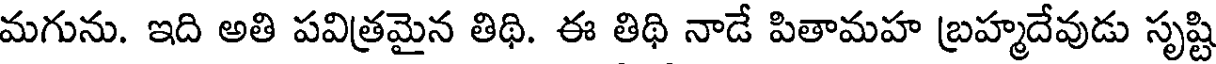
మగును. ఇది అతి పవిత్రమైన తిథి. ఈ తిథి నాడే పితామహ బ్రహ్మదేవుడు సృష్టి